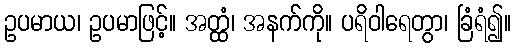
ဥပမာယ၊ ဥပမာဖြင့်။ အတ္ထံ၊ အနက်ကို။ ပရိဝါရေတွာ၊ ခြံရံ၍။